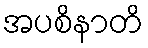
အပစိနာတိ